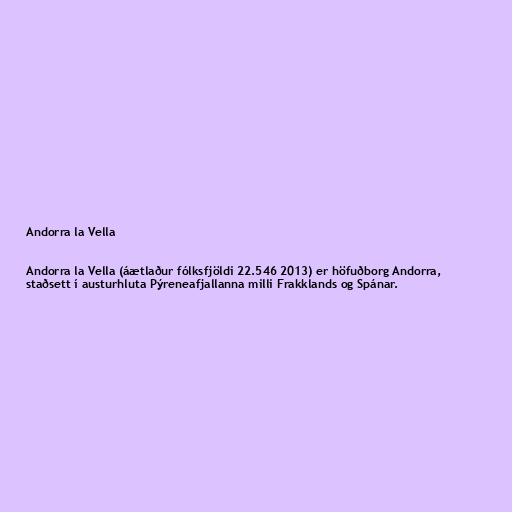
Andorra la Vella

Andorra la Vella (áætlaður fólksfjöldi 22.546 2013) er höfuðborg Andorra,
staðsett í austurhluta Pýreneafjallanna milli Frakklands og Spánar.